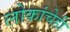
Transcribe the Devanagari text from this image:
लोकांचेही